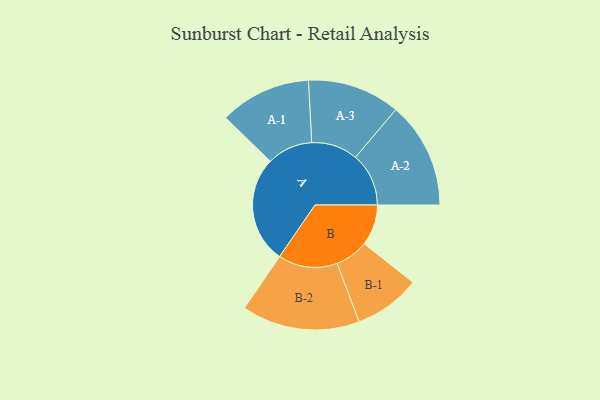
{"axis": {"x": "Segment", "y": "Value"}, "legend": ["", "A", "B"], "data": [{"x": "A", "y": 496, "type": ""}, {"x": "B", "y": 190, "type": ""}, {"x": "A-1", "y": 212, "type": "A"}, {"x": "A-2", "y": 247, "type": "A"}, {"x": "A-3", "y": 215, "type": "A"}, {"x": "B-1", "y": 154, "type": "B"}, {"x": "B-2", "y": 274, "type": "B"}]}